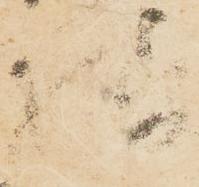
様